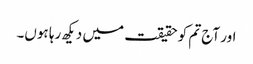
اور آج تم کو حقیقت میں دیکھ رہا ہوں۔